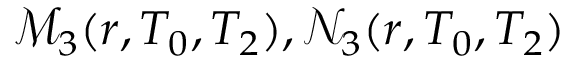
\mathscr { M } _ { 3 } ( r , T _ { 0 } , T _ { 2 } ) , \mathscr { N } _ { 3 } ( r , T _ { 0 } , T _ { 2 } )